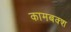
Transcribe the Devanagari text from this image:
कामबक्श